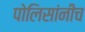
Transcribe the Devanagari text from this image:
पोलिसांनीच